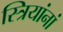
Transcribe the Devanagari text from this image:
स्त्रियांनां